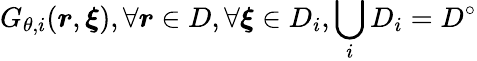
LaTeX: G_{\theta,i}(\boldsymbol{r},\boldsymbol{\xi}),\forall\boldsymbol{r}\in D,\forall\boldsymbol{\xi}\in D_{i},\bigcup_{i}D_{i}=D^{\circ}